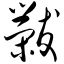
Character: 黻